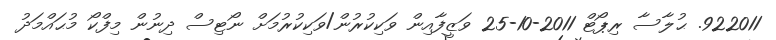
922011. ޙުލާސާ ރިޕޯޓް 2011-10-25 ވަޒީފާއިން ވަކިކުރުން/ވަކިކުރުމަށް ނޯޓިސް ދިނުން މިފްކޯ މުޙައްމަދު